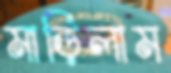
মাড়িলাম